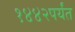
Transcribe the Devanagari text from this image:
१४४२पर्यंत